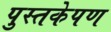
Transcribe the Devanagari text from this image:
पुस्तकेपण